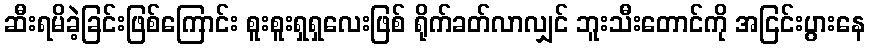
ဆီးရမိခဲ့ခြင်းဖြစ်ကြောင်း စူးစူးရှရှလေးဖြစ် ရိုက်ခတ်လာလျှင် ဘူးသီးတောင်ကို အငြင်းပွားနေ